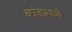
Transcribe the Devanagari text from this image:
कांडामध्ये